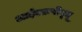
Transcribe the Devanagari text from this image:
आईएफ़पीयूजू